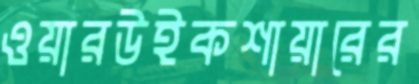
ওয়ারউইকশায়ারের